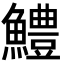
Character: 鱧